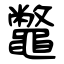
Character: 鼈